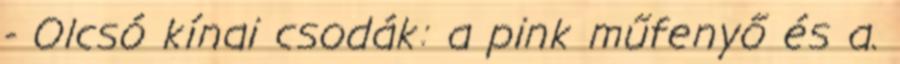
- Olcsó kínai csodák: a pink műfenyő és a.